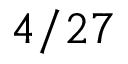
4 / 2 7